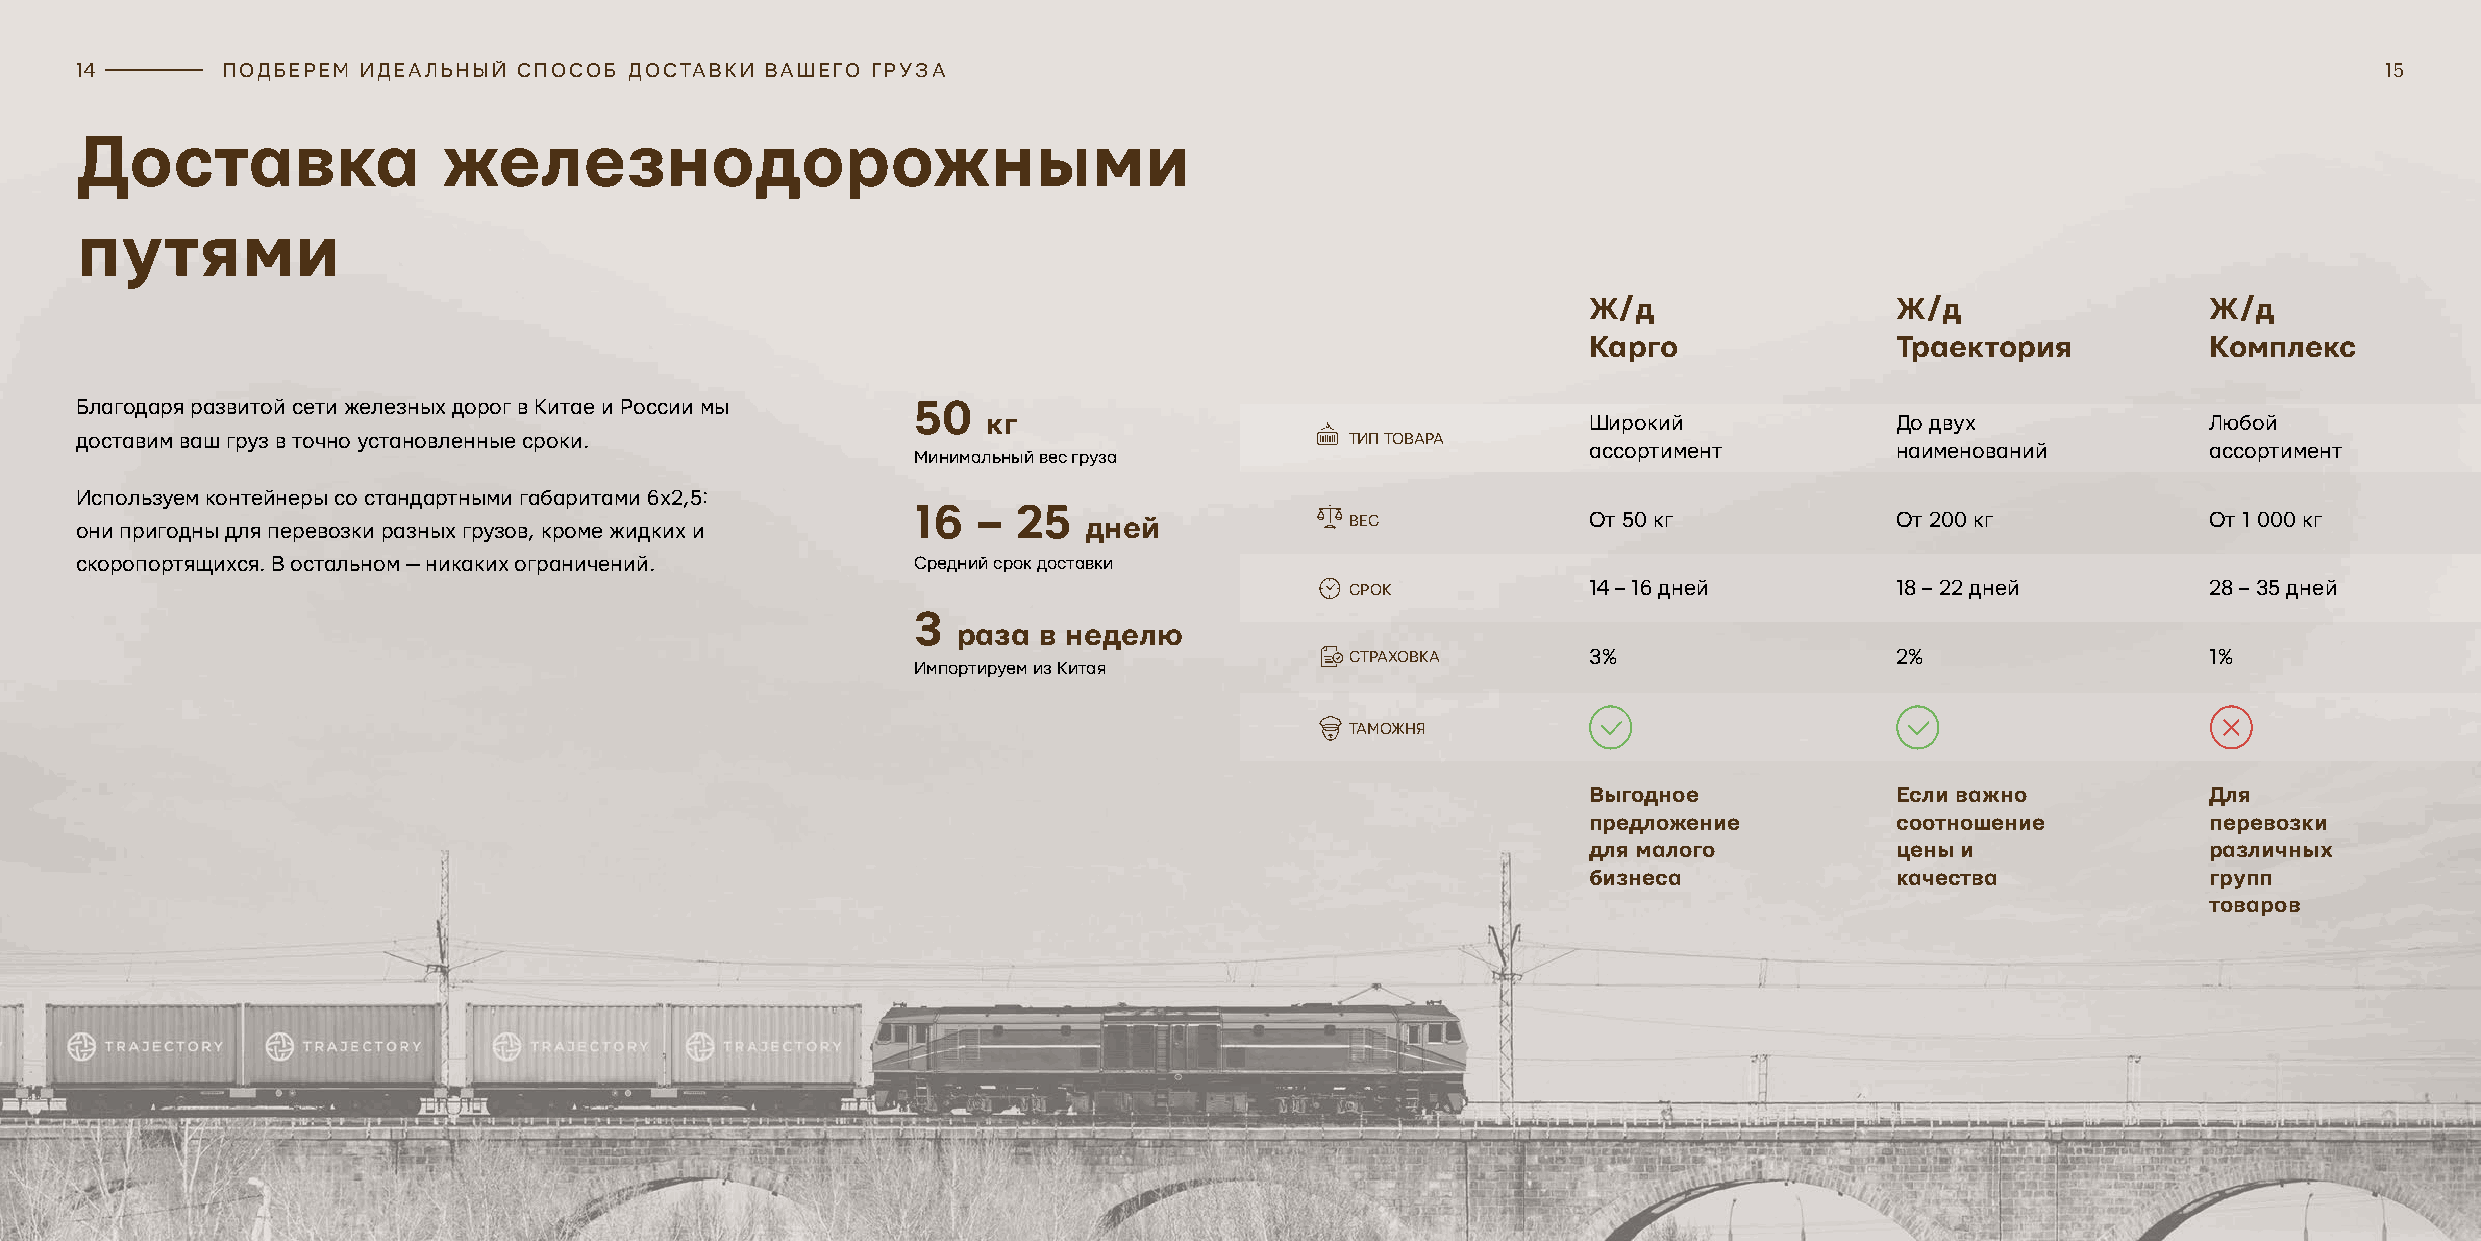
14        ПОДБЕРЕМ ИДЕАЛЬНЫЙ СПОСОБ  ДОСТАВКИ ВАШЕГО ГРУЗА                                                                                               15
 Доставка                железнодорожными
 путями
 Ж/д                  Ж/д                 Ж/д
 Карго                Траектория          Комплекс
 Благодаря развитой сети железных дорог в Китае и России мы 50
 кг                                      Широкий              До двух             Любой
 доставим ваш груз в точно установленные сроки.                                      ТИП ТОВАРА
 ассортимент          наименований        ассортимент
 Минимальный вес груза
 Используем контейнеры со стандартными габаритами 6х2,5:
 16  – 25
 они пригодны для перевозки разных грузов, кроме жидких и           дней             ВЕС             От 50 кг             От 200 кг           От 1 000 кг
 скоропортящихся. В остальном — никаких ограничений.     Средний срок доставки
 СРОК            14 – 16 дней         18 – 22 дней        28 – 35 дней
 3
 раза  в неделю
 СТРАХОВКА       3%                   2%                  1%
 Импортируем из Китая
 ТАМОЖНЯ
 Выгодное             Если важно          Для
 предложение          соотношение         перевозки
 для малого           цены и              различных
 бизнеса              качества            групп
 товаров